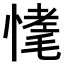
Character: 𢟾